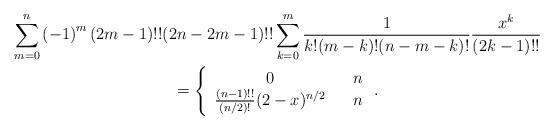
LaTeX: \begin{gather*}\sum_{m=0}^{n}\left( -1\right) ^{m}(2m-1)!!(2n-2m-1)!!\sum_{k=0}^{m}\frac{1}{k!(m-k)!(n-m-k)!}\frac{x^{k}}{(2k-1)!!} \\=\left\{ \begin{array}{ccc}0 & & n \\ \frac{(n-1)!!}{(n/2)!}(2-x)^{n/2} & & n\end{array}\right. .\end{gather*}